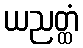
ယညတ္ထံ